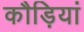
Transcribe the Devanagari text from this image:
कौड़ियां